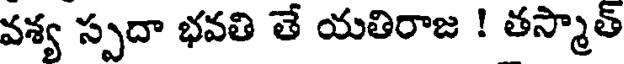
వశ్య స్పదా భవతి తే యతిరాజ ! తస్మాత్